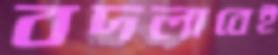
বদলাবেই